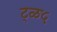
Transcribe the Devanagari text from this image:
ट्ळ५